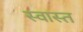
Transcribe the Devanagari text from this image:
स्वास्त